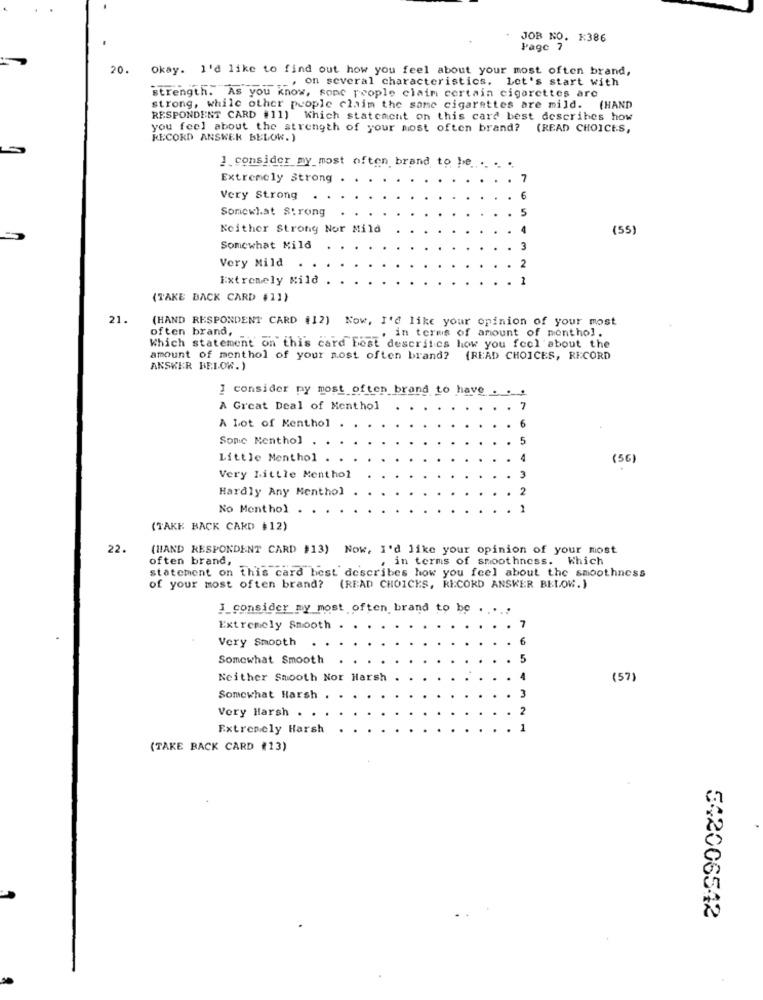
JOB NO. x386
Page 7
20.
Okay. I'd like to find out how you feel about your most often brand,
--. on several characteristics. Let's start with
strength. As you know, sonc people claim certain cigarettes are
strong, while other people claim the same cigarettes are mild. (HAND
RESPONDENT CARD #11) Which statement on this card best describes how
you feel about the strength of your most often brand? (READ CHOICES,
RECORD ANSWER BELOW. )
1.consider my most often brand to be ... . ..
Extremely Strong
7
Very Strong
6
Somewhat Strong
5
Neither Strony Nor Mild
4
(55)
Somewhat Mild
3
Very Mild
2
Extremely Mild
(TAKE BACK CARD $11)
21.
(HAND RESPONDENT CARD #12) Now, I'd like your opinion of your most
often brand,
. in terms of amount of monthol.
Which statement on this card Fost descritcs how you feel about the
amount of menthol of your most often brand? (READ CHOICES, RECORD
ANSKER BELOW.)
I consider ny most often brand to have
A Great Deal of Menthol
A Lot of Kenthol
6
Sonic Nenthol
Little Menthol .
(56)
Very Little Menthol
Hardly Any Menthol
No Menthol
(TAKE BACK CARD $12)
22.
(HAND RESPONDENT CARD #13) Now, I'd like your opinion of your most
often brand,
, in terms of smoothness. Which
statement on this card best describes how you feel about the smoothness
of your most often brand? (READ CHOICES, RECORD ANSWER BELOW.)
J_consider my most often brand to be . ....
Extremely Smooth
7
Very Smooth
Somewhat Smooth
5
Neither Smooth Nor Harsh
(57)
M
Somewhat Harsh
Very Harsh . .
Extremely Harsh
(TAKE BACK CARD (13)
542006542